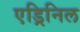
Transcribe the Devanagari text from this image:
एड्रिनिल